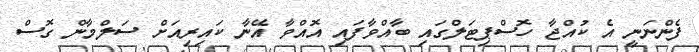
ފެންނަނީ އެ ކުއްޖާ ހޮސްޕިޓަަލްގައި ބާއްވާފައި އޮއްވާ އޭނާ ކައިރިއަށް ސަލްމާން ގޮސް